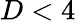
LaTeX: D<4